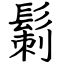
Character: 鬎